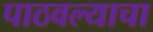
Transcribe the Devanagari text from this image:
पाठवल्याचा